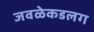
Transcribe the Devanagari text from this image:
जवळेकडलग